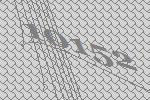
10152